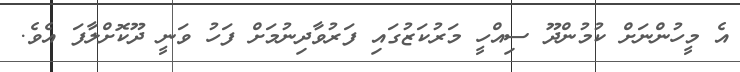
އެ މީހުންނަށް ކުމުންދޫ ސިއްހީ މަރުކަޒުގައި ފަރުވާދިނުމަށް ފަހު ވަނީ ދޫކޮށްލާފަ އެވެ.